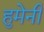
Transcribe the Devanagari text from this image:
हुमेनी